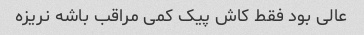
عالی بود فقط کاش پیک کمی مراقب باشه نریزه